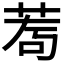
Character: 𦰅